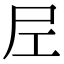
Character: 𡰱